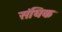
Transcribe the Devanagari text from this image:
संघिक